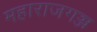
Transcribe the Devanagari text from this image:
महाराजगञ्ज